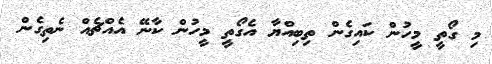
މި ގޯތީ މީހުން ކައިގެން ތިބިއްޔާ އެގޯތީ މީހުން ކާނޭ އެއްޗެއް ނެތިގެން